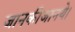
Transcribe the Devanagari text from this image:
जानकीजानये।